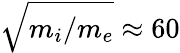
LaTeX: \sqrt{m_{i}/m_{e}}\approx 60